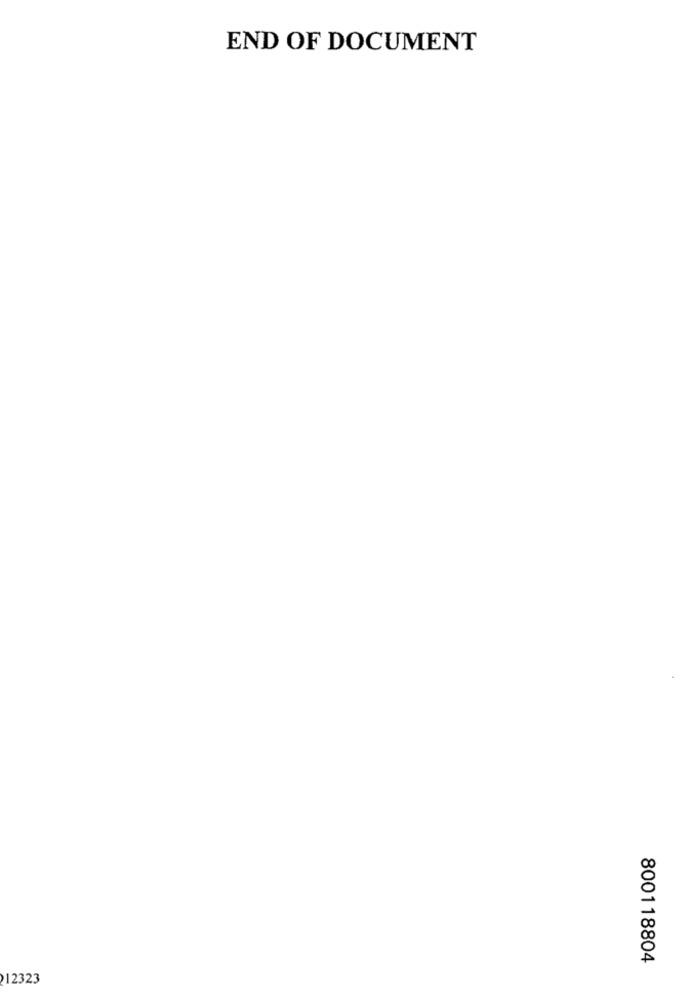
END OF DOCUMENT
800118804
12323